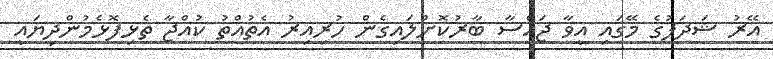
އޭރު ޝަދަފުގެ މޭގައި އީވާ ޖައްސާ ބާރުކޮށްލައިގެން ހުރިއިރު އެތުއްތު ކުއްޖާ ތެޅިފޮޅެމުންދިޔައީ